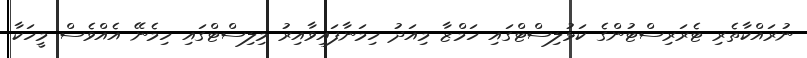
ނުރައްކާތެރި ޓެރަރިސްޓުންގެ ކަޅުލިސްޓްގައި ހަމްޒާ މިއަދު ހިމަނާފައިވާއިރު މިލިސްޓްގައި ހިމެނޭ އެއްވެސް މީހަކާ